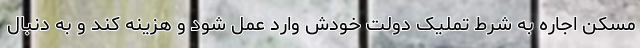
مسکن اجاره به شرط تملیک دولت خودش وارد عمل شود و هزینه کند و به دنبال